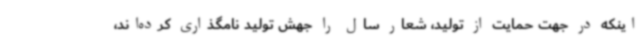
اینکه در جهت حمایت از تولید، شعار سال را جهش تولید نامگذاری کرده‌اند،